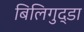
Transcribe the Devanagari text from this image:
बिलिगुद्डा